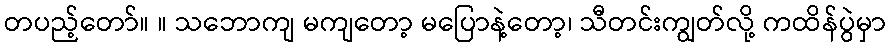
တပည့်တော်။ ။ သဘောကျ မကျတော့ မပြောနဲ့တော့၊ သီတင်းကျွတ်လို့ ကထိန်ပွဲမှာ